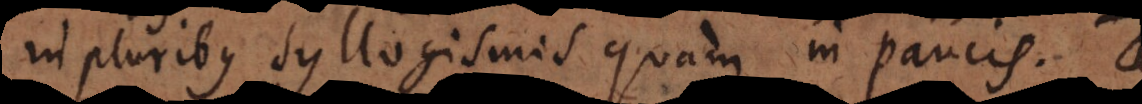
in pluribus syllogismis quam in paucis.